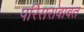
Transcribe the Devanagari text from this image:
परिसराबाबत